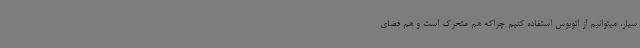
سیار، میتوانیم از اتوبوس استفاده کنیم چراکه هم متحرک است و هم فضای